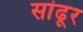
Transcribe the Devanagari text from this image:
सांढूर